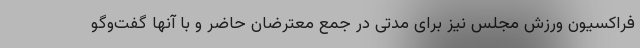
فراکسیون ورزش مجلس نیز برای مدتی در جمع معترضان حاضر و با آنها گفت‌وگو